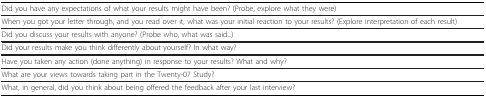
<table><thead><tr><td><b>Did you have any expectations of what your results might have been? (Probe, explore what they were)</b></td></tr></thead><tbody><tr><td>When you got your letter through, and you read over it, what was your initial reaction to your results? (Explore interpretation of each result)</td></tr><tr><td>Did you discuss your results with anyone? (Probe who, what was said...)</td></tr><tr><td>Did your results make you think differently about yourself? In what way?</td></tr><tr><td>Have you taken any action (done anything) in response to your results? What and why?</td></tr><tr><td>What are your views towards taking part in the Twenty-07 Study?</td></tr><tr><td>What, in general, did you think about being offered the feedback after your last interview?</td></tr></tbody></table>